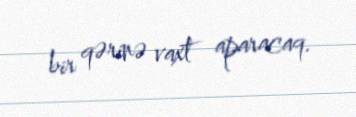
bir qərinə vaxt aparacaq.